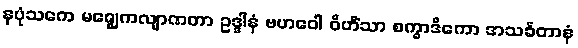
နပုံသကေ မဇ္ဈေကလျာဏတာ ဥဒ္ဒါနံ ဗဟဝေါ ဝိဟိံသာ စက္ခာဒိကော အသင်္ခတာနံ